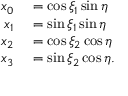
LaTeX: \begin{array} { r l } { x _ { 0 } } & { { } = \cos \xi _ { 1 } \sin \eta } \\ { x _ { 1 } } & { { } = \sin \xi _ { 1 } \sin \eta } \\ { x _ { 2 } } & { { } = \cos \xi _ { 2 } \cos \eta } \\ { x _ { 3 } } & { { } = \sin \xi _ { 2 } \cos \eta . } \end{array}